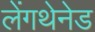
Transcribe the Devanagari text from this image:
लेंगथेनेड